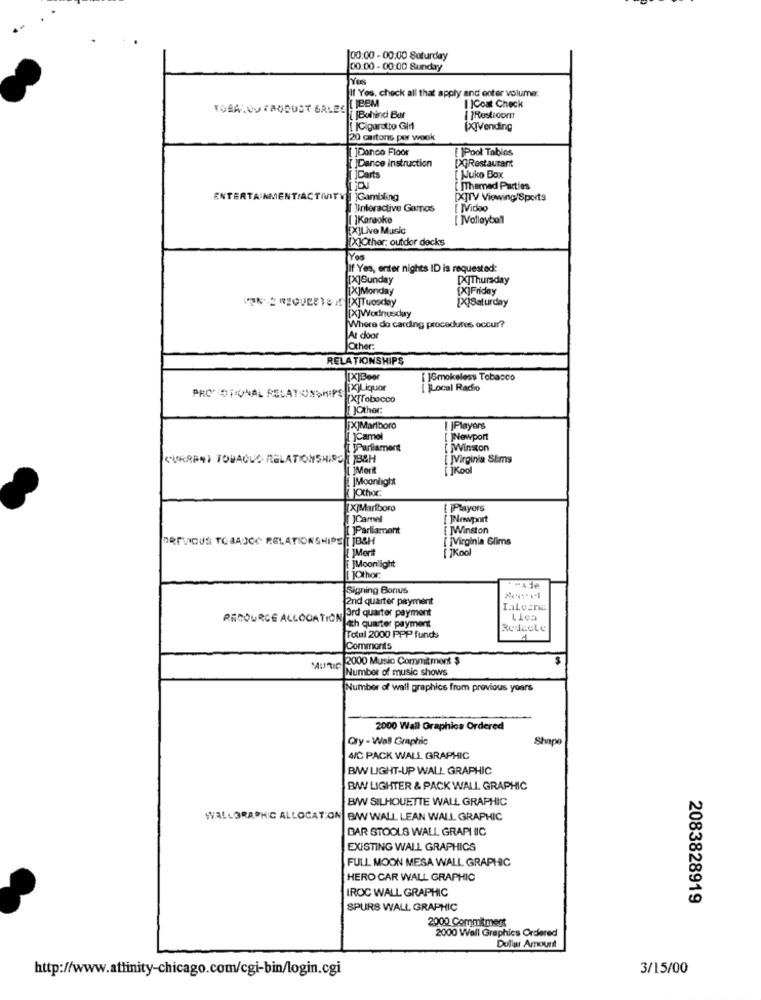
00:00 - 00:00 Saturday
00:00 - 00:00 Sunday
Yes
If You, check all that apply and enter volume:
I )Coat Check
[ [Behind Bar
PRestroom
[ /Cigarette Gid
[X]Vending
20 cartons per week
[ ]Dance Floor
[ ]Pool Tables
[]Dance Instruction
DGRestaurant
[]Darts
[ Juke Box
[ ]Themad Parties
ENTERTAINMENT/ACTIVITY Gambling
[X]TV Viewing/Sports
TUinteractive Gamos
[ MVideo
[ ]Karaoke
[ ]Volleybal
[X]Live Music
[X]Other; outdor decks
Yes
If Yes, enter nights ID is requested:
[[X]Sunday
[X]Thursday
[[X]Monday
[X]Friday
[X]Saturday
[X]Wodnusday
Where do carding procedures occur?
At door
Other:
RELATIONSHIPS
[X]Beer
[]Smokeless Tobacco
IX)Liquor
Local Radio
PRO" OFNAL RELATIONSHIPS
[X]Tobacco
JOther:
[X]Marlboro
|Players
[ ]Camel
[ ]Newport
[ PParliament
[ ]Winston
CURRENT TOWAOUS RELATIONSHIRO [ ]B&H
{ JVirginia Sims
[ ]Morit
[ ]Kool
]Moonlight
jOther
[X]Marlboro
[ ]Playors
JCamel
[ ]Newport
[ ]Parliament
[ MWinston
PREVIOUS TOJADOG RELATIONSHIPET JOSH
[ ]Virginia Glims
JMert
[]Koo
[ ]Moonlight
[ ]Othor:
Signing Bonus
2nd quarter payment
RESOURCE ALLOCATIONTard quarter payment
Llen
Lath quarter payment
Reducte
Total 2000 PPP funds
Comments
2000 Music Commitment $
MunIC
Number of music shows
Number of wall graphics from previous years
2000 Wall Graphics Ordered
Gry - Wall Graphic
Shape
4/C PACK WALL GRAPHIC
B/W LIGHT-UP WALL GRAPHIC
BW LIGHTER & PACK WALL GRAPHIC
B/W SILHOUETTE WALL GRAPHIC
WALLGRAPHIC ALLOCATION B/WWALL LEAN WALL GRAPHIC
BAR STOOLS WALL GRAPHIC
EXISTING WALL GRAPHICS
FULL MOON MESA WALL GRAPHIC
HERO CAR WALL GRAPHIC
IROC WALL GRAPHIC
2083828919
SPURS WALL GRAPHIC
2000 Commitment
2000 Wall Graphics Ordered
Dollar Amount
http://www.attinity-chicago.com/cgi-bin/login.cgi
3/15/00